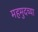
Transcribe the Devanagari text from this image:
महमुदच्या